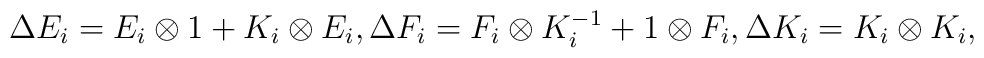
\Delta E_{i}=E_{i}\otimes 1+K_{i}\otimes E_{i},\Delta F_{i}=F_{i}\otimes K_{i}^{-1}+1\otimes F_{i},\Delta K_{i}=K_{i}\otimes K_{i},